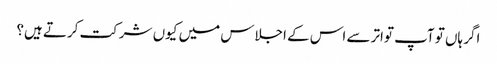
اگر ہاں تو آپ تواتر سے اس کے اجلاس میں کیوں شرکت کرتے ہیں؟